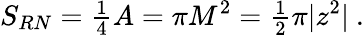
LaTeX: S_{RN}={\textstyle\frac{1}{4}}A=\pi M^{2}={\textstyle\frac{1}{2}}\pi|z^{2}|\ .